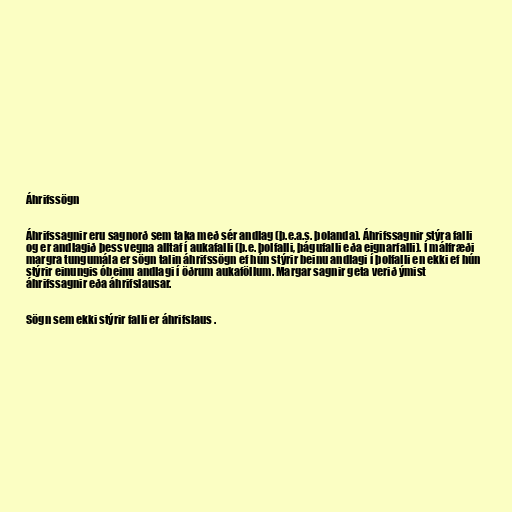
Áhrifssögn

Áhrifssagnir eru sagnorð sem taka með sér andlag (þ.e.a.s. þolanda). Áhrifssagnir stýra falli
og er andlagið þess vegna alltaf í aukafalli (þ.e. þolfalli, þágufalli eða eignarfalli). Í málfræði
margra tungumála er sögn talin áhrifssögn ef hún stýrir beinu andlagi í þolfalli en ekki ef hún
stýrir einungis óbeinu andlagi í öðrum aukaföllum. Margar sagnir geta verið ýmist
áhrifssagnir eða áhrifslausar.

Sögn sem ekki stýrir falli er áhrifslaus .